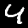
Digit: 4